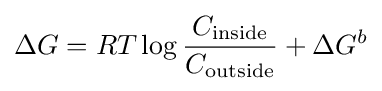
\Delta G=RT\log {\frac {C_{\text{inside}}}{C_{\text{outside}}}}+\Delta G^{b}